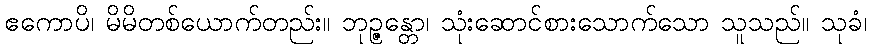
ဧကောပိ၊ မိမိတစ်ယောက်တည်း။ ဘုဉ္ဇန္တော၊ သုံးဆောင်စားသောက်သော သူသည်။ သုခံ၊